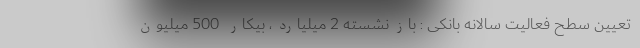
تعیین سطح فعالیت سالانه بانکی : بازنشسته 2 میلیارد، بیکار 500 میلیون